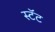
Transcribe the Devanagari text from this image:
स्टॅट